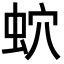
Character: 𧉢